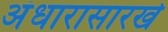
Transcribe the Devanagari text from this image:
अंधारासारखे